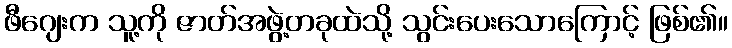
ဖီဂျေးက သူ့ကို ဇာတ်အဖွဲ့တခုထဲသို့ သွင်းပေးသောကြောင့် ဖြစ်၏။